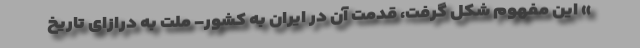
» این مفهوم شکل گرفت، قدمت آن در ایران به کشور- ملت به درازای تاریخ